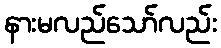
နားမလည်သော်လည်း